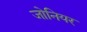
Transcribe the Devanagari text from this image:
जोनियर